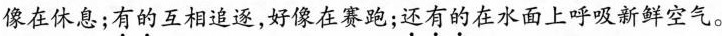
像在休息；\underset{·}{有}\underset{·}{的}互相追逐，好像在赛跑；\underset{·}{还}\underset{·}{有}\underset{·}{的}在水面上呼吸新鲜空气。